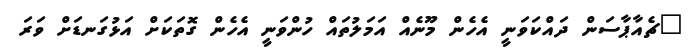
"ޗެއާޕާސަން ދައްކަވަނީ އެހެން މޫނެއް އަމަލުތައް ހުންވަނީ އެހެން ގޮތަކަށް އަޅުގަނޑަށް ވަރަ